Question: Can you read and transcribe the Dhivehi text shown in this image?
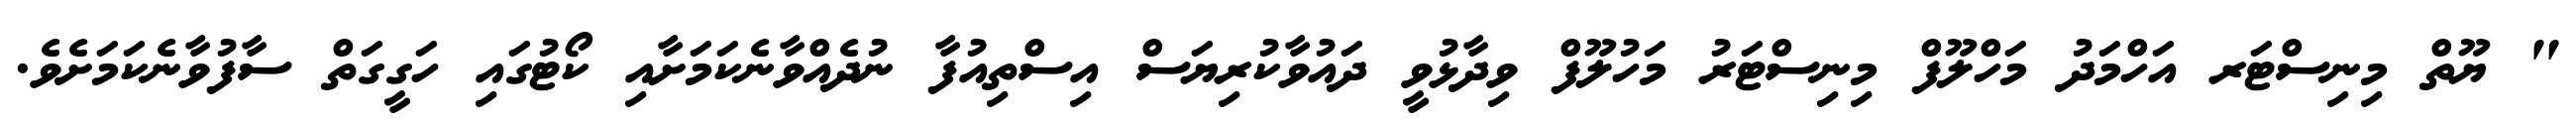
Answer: " ޔޫތް މިނިސްޓަރ އަހްމަދު މަހްލޫފް މިނިސްޓަރު މަހުލޫފް ވިދާޅުވީ ދައުވާކުރިޔަސް އިސްތިއުފާ ނުދެއްވާނެކަމަށާއި ކޯޓުގައި ހަގީގަތް ސާފުވާނެކަމަށެވެ.